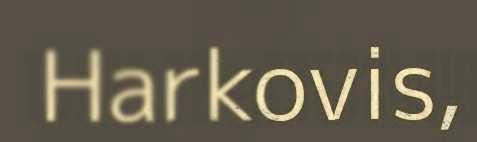
Harkovis,